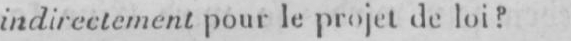
indirectement pour le projetde loi?